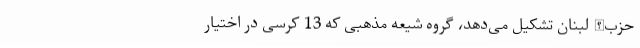
حزب‌الله لبنان تشکیل می‌دهد، گروه شیعه مذهبی که 13 کرسی در اختیار